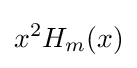
x^{2}H_{m}(x)